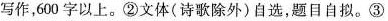
写作，600字以上。②文体(诗歌除外)自选，题目自拟。③